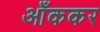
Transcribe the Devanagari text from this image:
आँककर